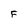
Character: F